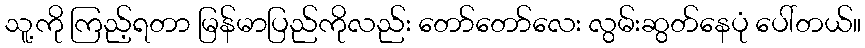
သူ့ကို ကြည့်ရတာ မြန်မာပြည်ကိုလည်း တော်တော်လေး လွမ်းဆွတ်နေပုံ ပေါ်တယ်။